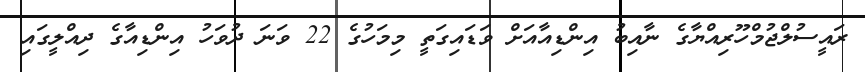
ރައީސުލްޖުމްހޫރިއްޔާގެ ނާއިބު އިންޑިއާއަށް ވަޑައިގަތީ މިމަހުގެ 22 ވަނަ ދުވަހު އިންޑިއާގެ ދިއްލީގައި